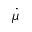
\dot { \mu }